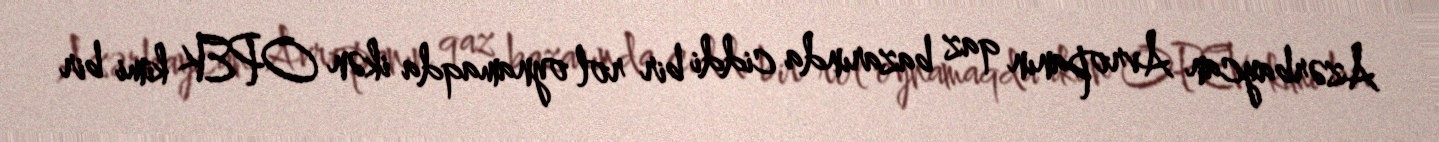
Azərbaycan Avropanın qaz bazarında ciddi bir rol oynamaqda ikən OPEK kimi bir